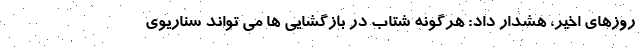
روزهای اخیر، هشدار داد: هرگونه شتاب در بازگشایی ها می تواند سناریوی